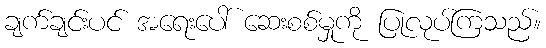
ချက်ချင်းပင် အရေးပေါ် ဆေးစစ်မှုကို ပြုလုပ်ကြသည်။